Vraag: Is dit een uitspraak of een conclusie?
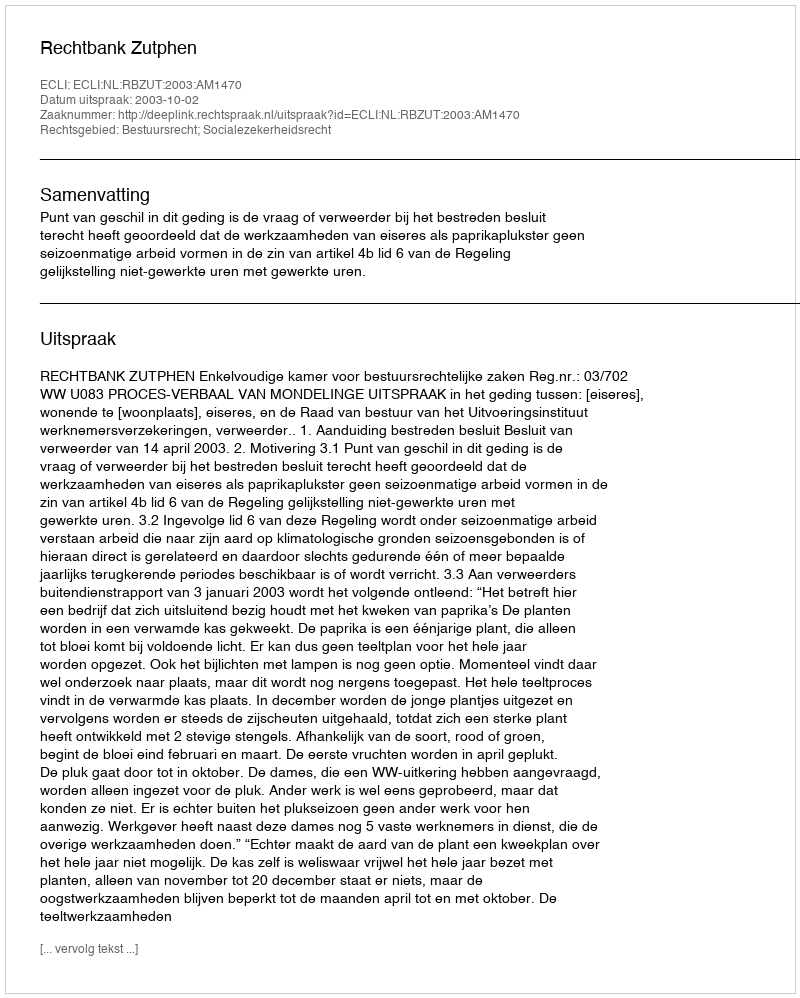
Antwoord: Uitspraak